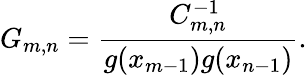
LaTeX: G_{m,n}=\frac{C_{m,n}^{-1}}{g(x_{m-1})g(x_{n-1})}.